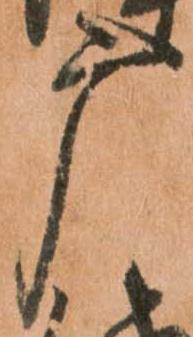
广